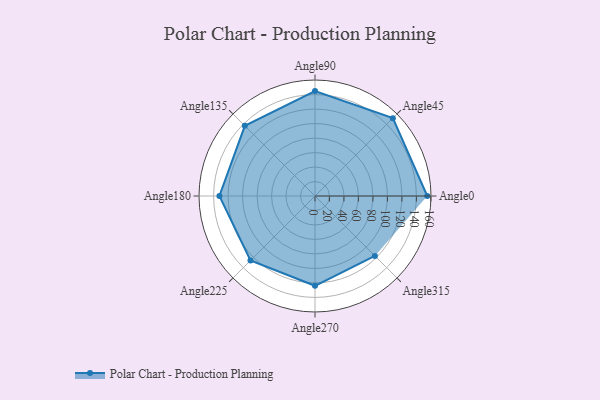
{"axis": {"x": "Angle", "y": "Radius"}, "legend": [""], "data": [{"x": "Angle0", "y": 155.0, "type": ""}, {"x": "Angle45", "y": 152.0, "type": ""}, {"x": "Angle90", "y": 145.0, "type": ""}, {"x": "Angle135", "y": 137.0, "type": ""}, {"x": "Angle180", "y": 132.0, "type": ""}, {"x": "Angle225", "y": 126.0, "type": ""}, {"x": "Angle270", "y": 124.0, "type": ""}, {"x": "Angle315", "y": 117.0, "type": ""}]}